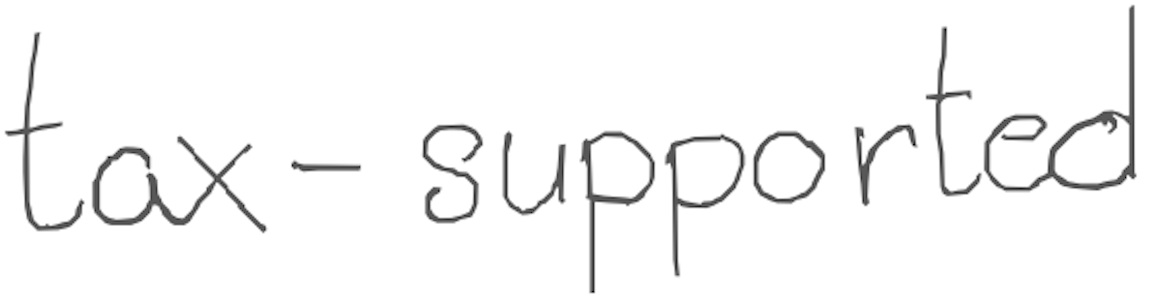
Text: tax-supported
Cross-out: clean
Writing tool: digital_gray